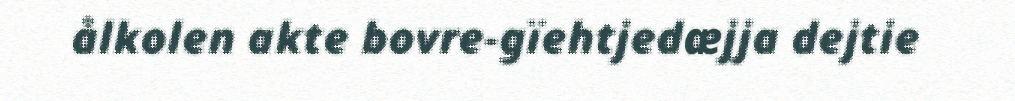
ålkolen akte bovre-gïehtjedæjja dejtie